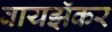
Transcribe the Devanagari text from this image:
वायझॅकर